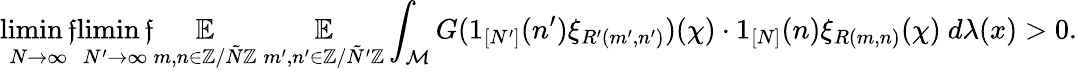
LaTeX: \operatorname*{limin\mathfrak{f}}_{N\rightarrow\infty}\operatorname*{limin\mathfrak{f}}_{N^{\prime}\rightarrow\infty}\underset{m,n\in\mathbb{{Z}}/\tilde{{N}}\mathbb{{Z}}}{\mathbb{{E}}}~\underset{m^{\prime},n^{\prime}\in\mathbb{{Z}}/\tilde{{N}}^{\prime}\mathbb{{Z}}}{\mathbb{{E}}}\int_{\mathcal{{M}}}G(1_{[N^{\prime}]}(n^{\prime})\xi_{R^{\prime}(m^{\prime},n^{\prime})})(\chi)\cdot1_{[N]}(n)\xi_{R(m,n)}(\chi)~d\lambda(x)>0.